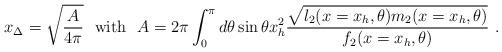
LaTeX: \begin{align*}x_{\Delta}=\sqrt{\frac{A}{4\pi}} \ \ {\rm with} \ \ A= 2\pi \int_{0}^{\pi} d\theta\sin\theta x_h^2 \frac{\sqrt{l_2(x=x_h,\theta)m_2(x=x_h,\theta)}}{f_2(x=x_h,\theta)} \ .\end{align*}